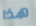
هذا